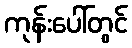
ကုန်းပေါ်တွင်